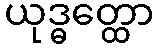
ယုဒ္ဓတ္ထော